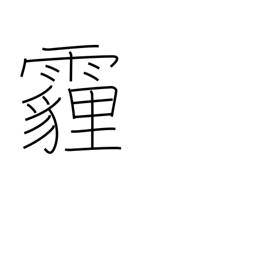
Meaning: wind-blown dust falling like rain